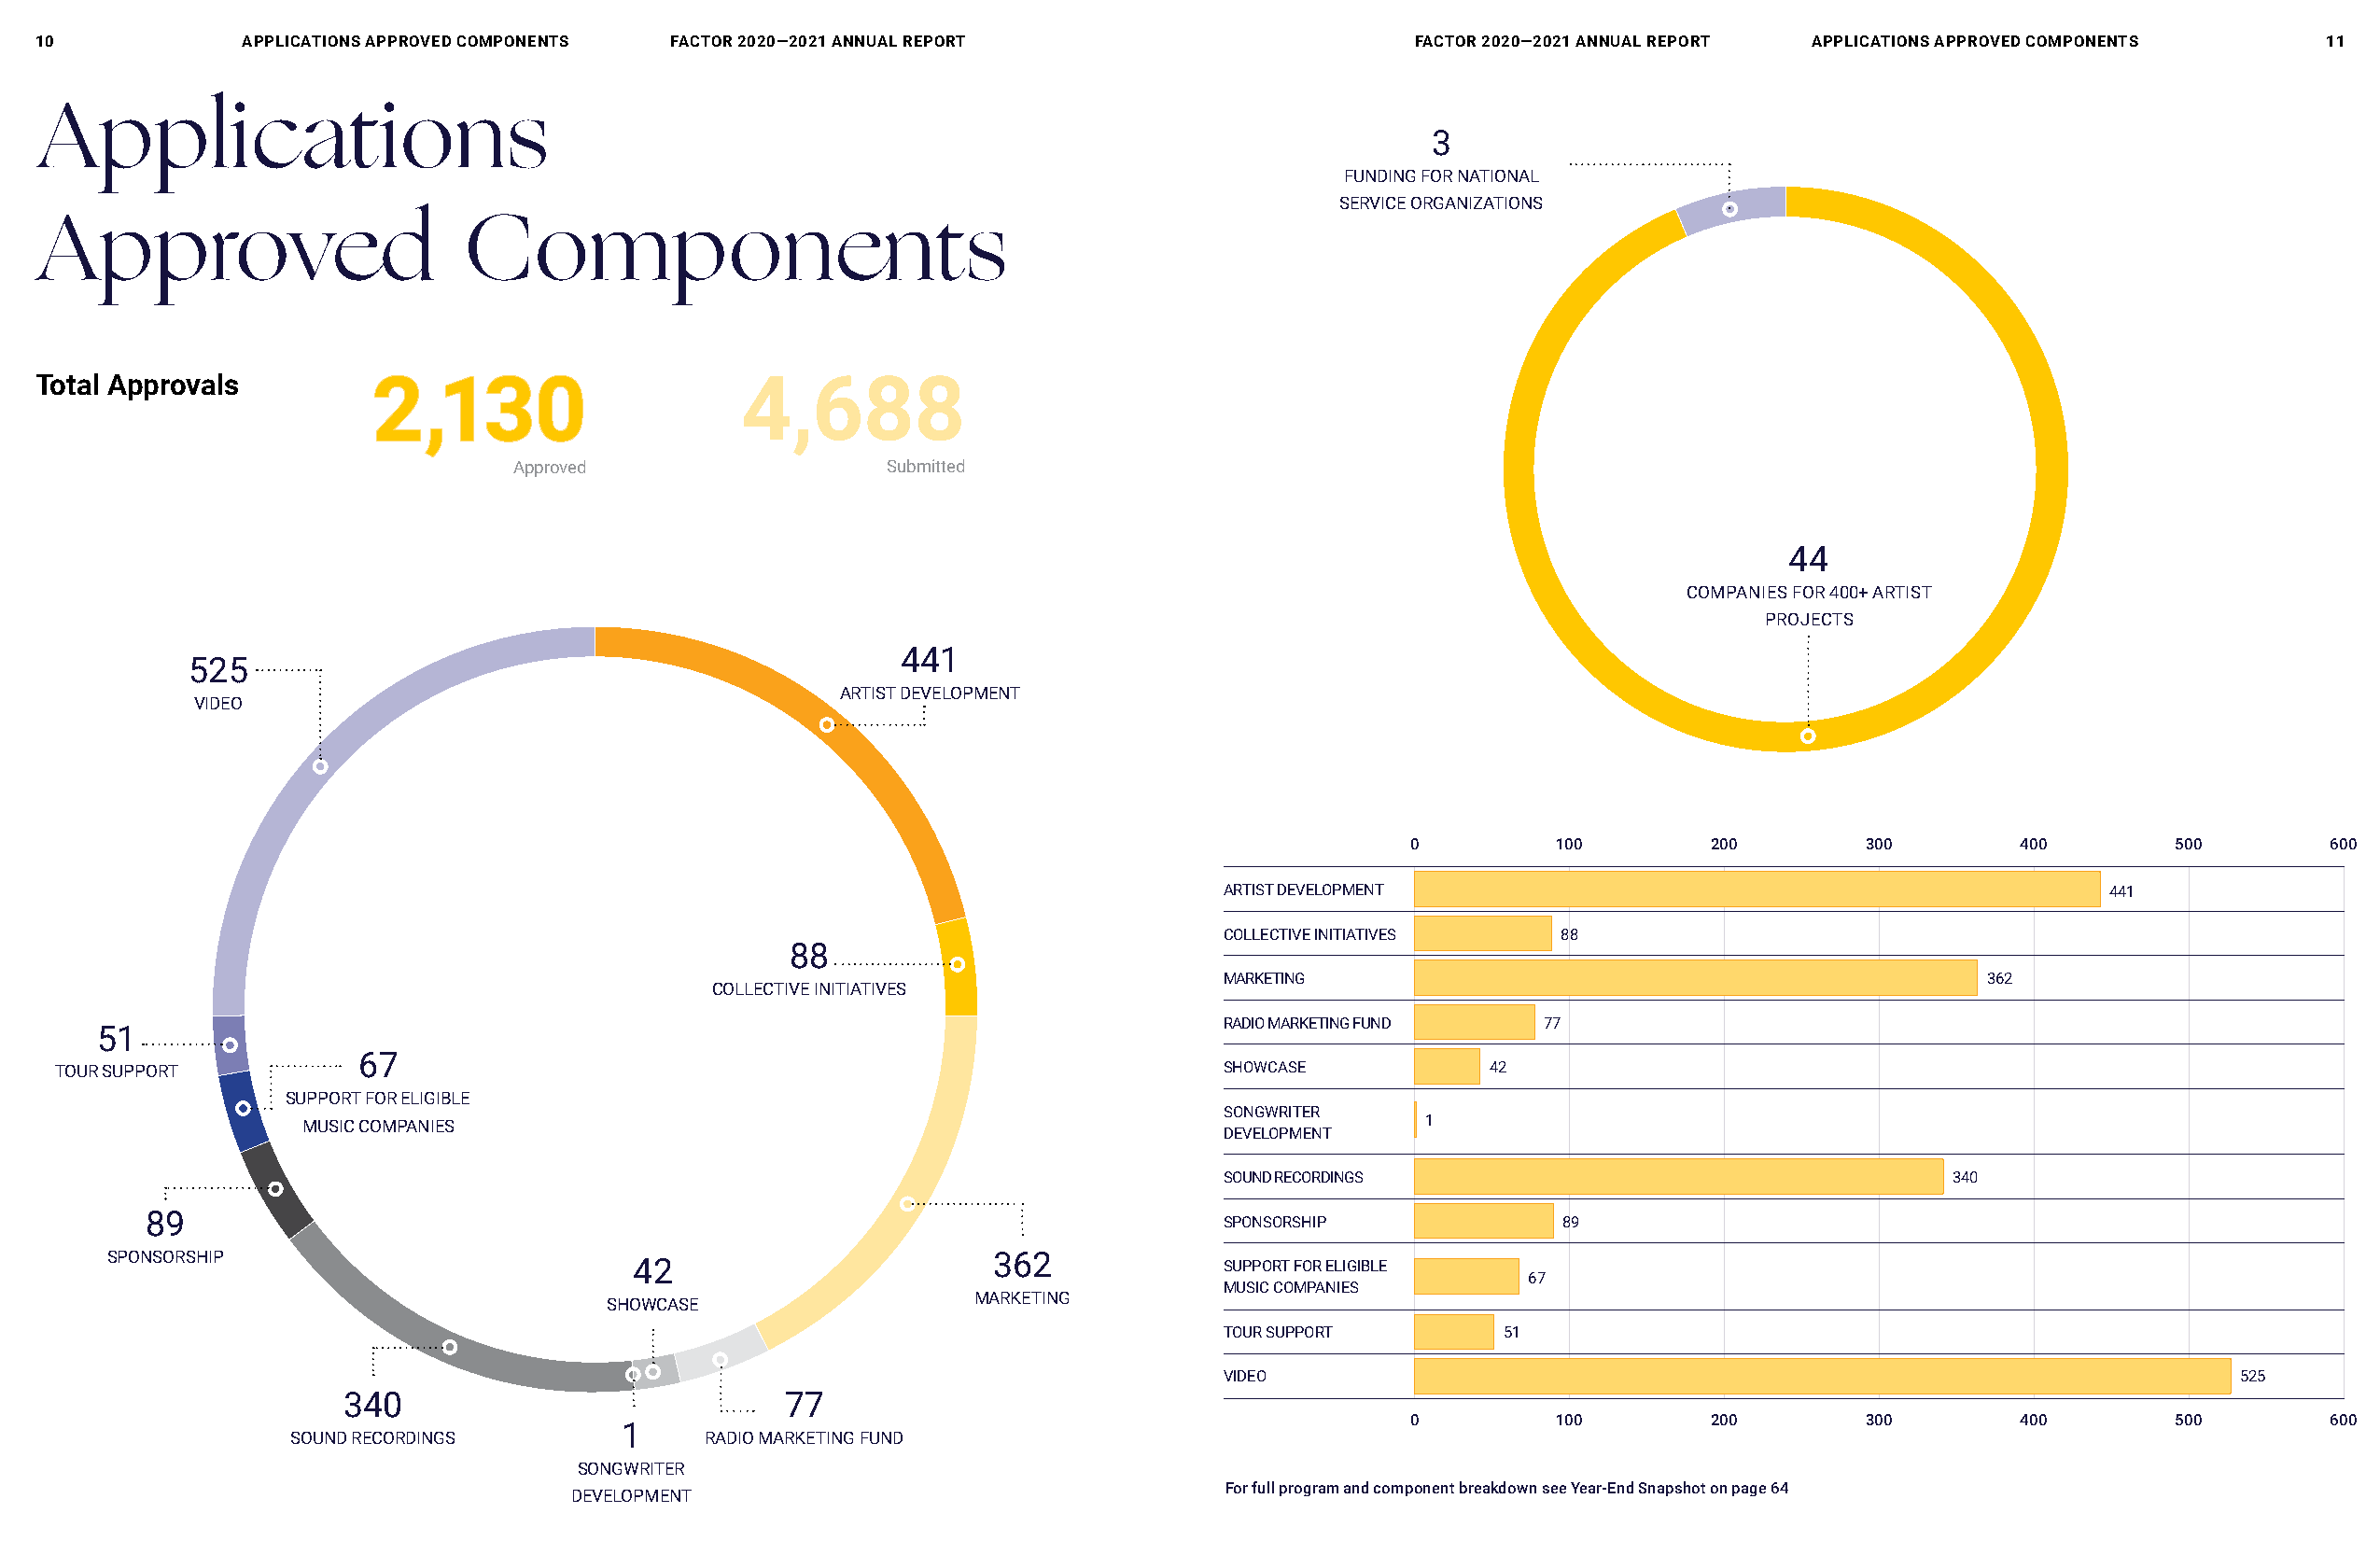
10            aPPlIcaTIons aPPRoVeD coMPonenTs FACTOR 2020—2021 ANNUAL REPORT                    FACTOR 2020—2021 ANNUAL REPORT aPPlIcaTIons aPPRoVeD coMPonenTs  11
 Applications
 3
 FUNDING FOR NATIONAL
 SERVICE ORGANIZATIONS
 Approved                       Components
 Total approvals        22,,113300                 4,688
 Approved                   Submitted
 44
 COMPANIES FOR 400+ ARTIST
 PROJECTS
 441
 525
 ARTIST DEVELOPMENT
 VIDEO
 0         100        200        300        400        500        600
 ARTIST DEVELOPMENT                                             441
 COLLECTIVE INITIATIVES  88
 88
 MARKETING                                             362
 COLLECTIVE INITIATIVES
 RADIO MARKETING FUND   77
 51
 67
 TOUR SUPPORT                                                                       SHOWCASE           42
 SUPPORT FOR ELIGIBLE
 SONGWRITER
 MUSIC COMPANIES                                                                 1
 DEVELOPMENT
 SOUND RECORDINGS                                    340
 89                                                                           SPONSORSHIP             89
 SPONSORSHIP                                                   362
 42                                        SUPPORT FOR ELIGIBLE
 67
 MUSIC COMPANIES
 MARKETING
 SHOWCASE
 TOUR SUPPORT        51
 VIDEO                                                                   525
 340                             77
 0         100        200        300        400        500        600
 1
 SOUND RECORDINGS             RADIO MARKETING FUND
 SONGWRITER
 For full program and component breakdown see Year-End Snapshot on page 64
 DEVELOPMENT